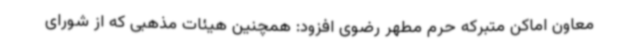
معاون اماکن متبرکه حرم مطهر رضوی افزود: همچنین هیئات مذهبی که از شورای